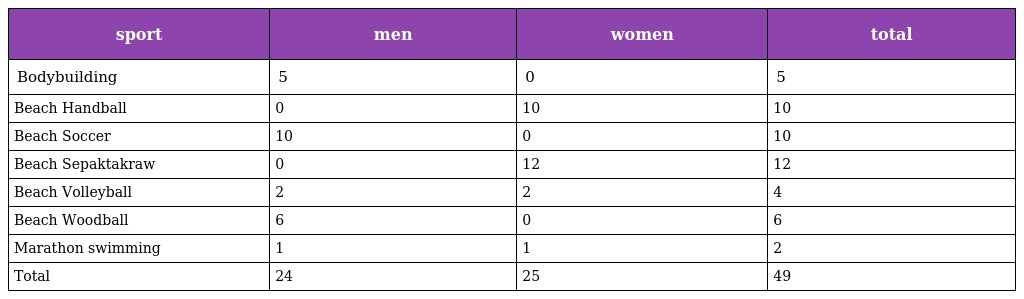
| sport | men | women | total |
 | --- | --- | --- | --- |
 | Bodybuilding | 5 | 0 | 5 |
 | Beach Handball | 0 | 10 | 10 |
 | Beach Soccer | 10 | 0 | 10 |
 | Beach Sepaktakraw | 0 | 12 | 12 |
 | Beach Volleyball | 2 | 2 | 4 |
 | Beach Woodball | 6 | 0 | 6 |
 | Marathon swimming | 1 | 1 | 2 |
 | Total | 24 | 25 | 49 |